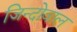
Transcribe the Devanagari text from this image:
जिन्दोवाल